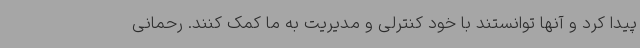
پیدا کرد و آنها توانستند با خود کنترلی و مدیریت به ما کمک کنند. رحمانی